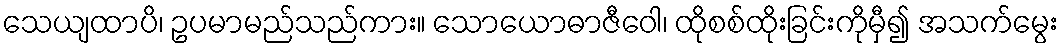
သေယျထာပိ၊ ဥပမာမည်သည်ကား။ သောယောဓာဇီဝေါ၊ ထိုစစ်ထိုးခြင်းကိုမှီ၍ အသက်မွေး